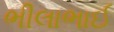
ભીલાભાઈ